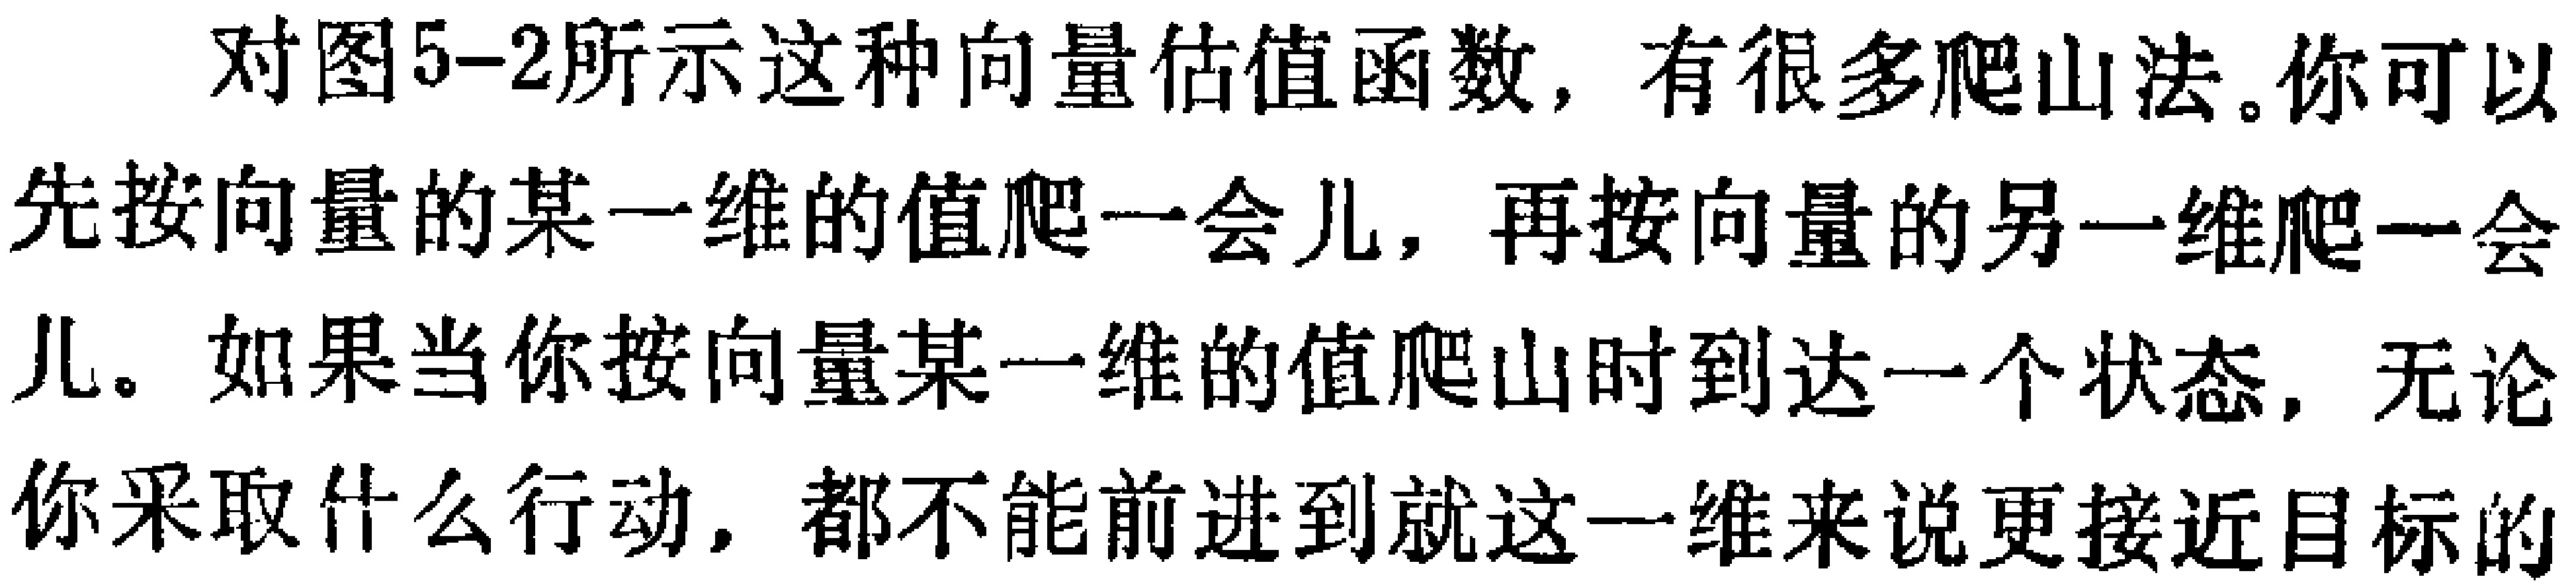
对图5-2所示这种向量估值函数，有很多爬山法。你可以先按向量的某一维的值爬一会儿，再按向量的另一维爬一会儿。如果当你按向量某一维的值爬山时到达一个状态，无论你采取什么行动，都不能前进到就这一维来说更接近目标的